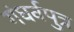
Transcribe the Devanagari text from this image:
गंधर्वपुत्र